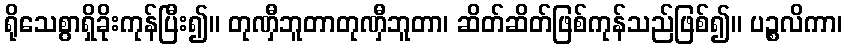
ရိုသေစွာရှိခိုးကုန်ပြီး၍။ တုဏှီဘူတာတုဏှီဘူတာ၊ ဆိတ်ဆိတ်ဖြစ်ကုန်သည်ဖြစ်၍။ ပဉ္စလိကာ၊